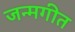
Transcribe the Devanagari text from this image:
जन्मगीत